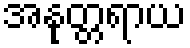
အနုတ္တရာယ